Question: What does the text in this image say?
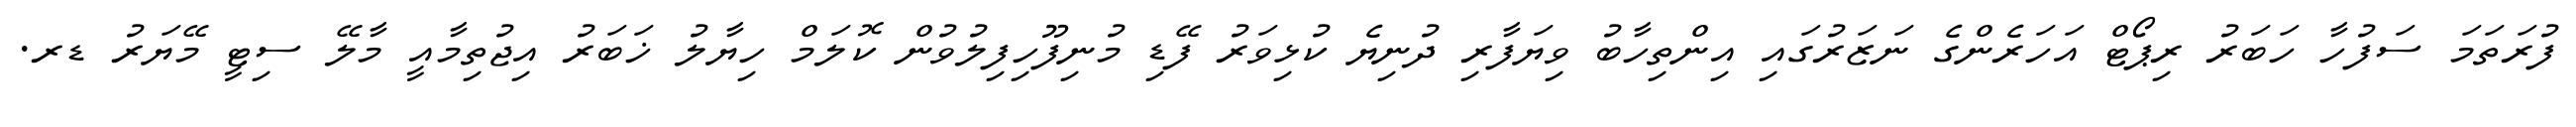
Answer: ފުރަތަމަ ސަފުހާ ހަބަރު ރިޕޯޓް އަހަރެންގެ ނަޒަރުގައި އިންތިހާބު ވިޔަފާރި ދުނިޔެ ކުޅިވަރު ފޭޑި މުނިފޫހިފިލުވުން ކޮލަމް ހިޔާލު ޚަބަރު އިޖުތިމާއީ މާލޭ ސިޓީ މޭޔަރު ޑރ.